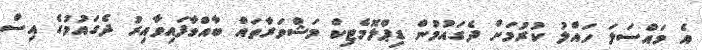
އެ މައްސަލަ ހައްލު ކުރުމަށް ދެގައުމުން ޑިޕްލޮމެޓިކް މަޝްވަރާތައް ބާއްވާފައިވާއިރު ދެގައުމުގެ އިސް